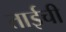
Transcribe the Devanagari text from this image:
ताईची